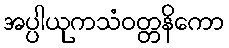
အပ္ပါယုကသံဝတ္တနိကော